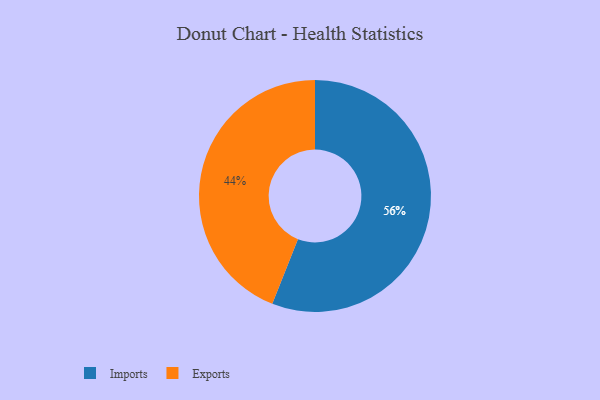
{"axis": {"x": "Category", "y": "Percentage"}, "legend": ["Exports", "Imports"], "data": [{"x": "Exports", "y": 44, "type": "Exports"}, {"x": "Imports", "y": 56, "type": "Imports"}]}